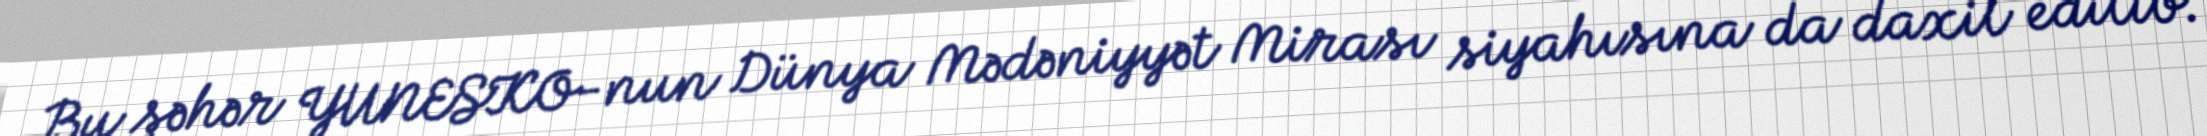
Bu şəhər YUNESKO-nun Dünya Mədəniyyət Mirası siyahısına da daxil edilib.